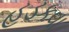
હડકવા